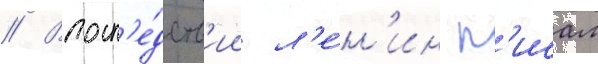
// Впосл'е́дств'ии л'е́н'ин п'исал